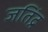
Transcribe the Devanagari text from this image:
जतिंद्र